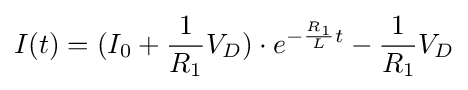
I(t)=(I_{0}+{1 \over R_{1}}V_{D})\cdot e^{-{R_{1} \over L}t}-{1 \over R_{1}}V_{D}